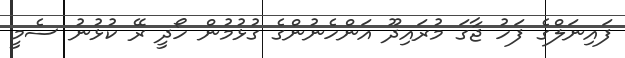
ފައިނަލްގެ ފަހު ޖާގަ މުރައިދޫ އަންހެނުންގެ ގުޅުމުން ހޯދީ ރޭ ކުޅުނު ސެމީ